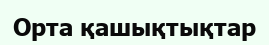
Орта қашықтықтар